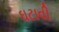
ઘટાવી